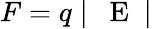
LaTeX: F=q\mid\mathrm{~\mathbf~E~}\mid